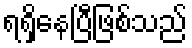
ရရှိနေပြီဖြစ်သည်